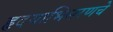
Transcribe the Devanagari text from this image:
हृदयाभिसरणचे